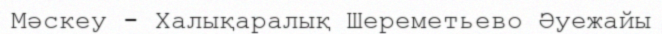
Мәскеу - Халықаралық Шереметьево Әуежайы